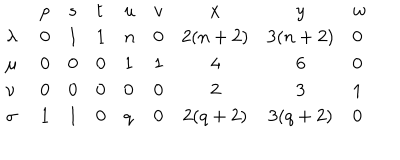
LaTeX: \begin{array} { l l l l l l c c l } { { } } & { { p } } & { { s } } & { { t } } & { { u } } & { { v } } & { { x } } & { { y } } & { { w } } \\ { { \lambda \ } } & { { 0 } } & { { 1 } } & { { 1 } } & { { n } } & { { 0 } } & { { 2 ( n + 2 ) } } & { { 3 ( n + 2 ) } } & { { 0 } } \\ { { \mu \ } } & { { 0 } } & { { 0 } } & { { 0 } } & { { 1 } } & { { 1 } } & { { 4 } } & { { 6 } } & { { 0 } } \\ { { \nu \ } } & { { 0 } } & { { 0 } } & { { 0 } } & { { 0 } } & { { 0 } } & { { 2 } } & { { 3 } } & { { 1 } } \\ { { \sigma \ } } & { { 1 } } & { { 1 } } & { { 0 } } & { { q } } & { { 0 } } & { { 2 ( q + 2 ) } } & { { 3 ( q + 2 ) } } & { { 0 } } \\ \end{array}